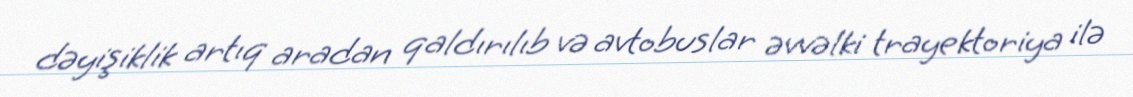
dəyişiklik artıq aradan qaldırılıb və avtobuslar əvvəlki trayektoriya ilə